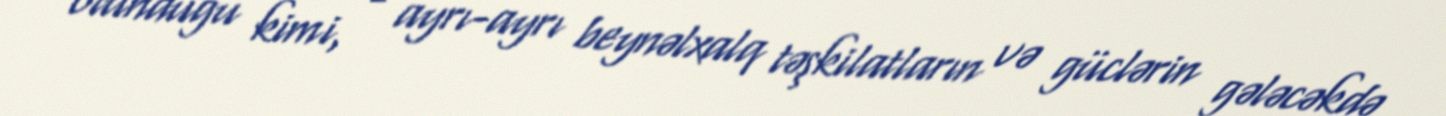
olunduğu kimi, - ayrı-ayrı beynəlxalq təşkilatların və güclərin gələcəkdə